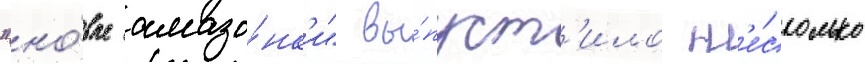
"но́вые амазо́нк'и" вы́пуст'ило н'е́сколько